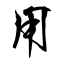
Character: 用